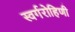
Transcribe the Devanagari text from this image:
स्वर्गरोहिणी